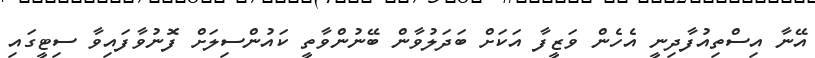
އޭނާ އިސްތިއުފާދިނީ އެހެން ވަޒީފާ އަކަށް ބަދަލުވާން ބޭނުންވާތީ ކައުންސިލަށް ފޮނުވާފައިވާ ސިޓީގައި